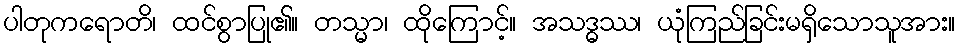
ပါတုကရောတိ၊ ထင်စွာပြု၏။ တသ္မာ၊ ထိုကြောင့်။ အသဒ္ဓဿ၊ ယုံကြည်ခြင်းမရှိသောသူအား။